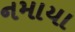
નમાયા